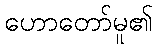
ဟောတော်မူ၏